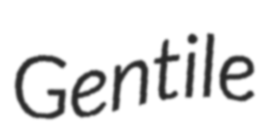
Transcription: Gentile